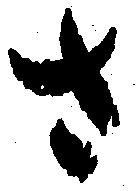
さ